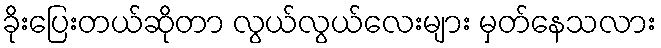
ခိုးပြေးတယ်ဆိုတာ လွယ်လွယ်လေးများ မှတ်နေသလား